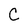
Character: C